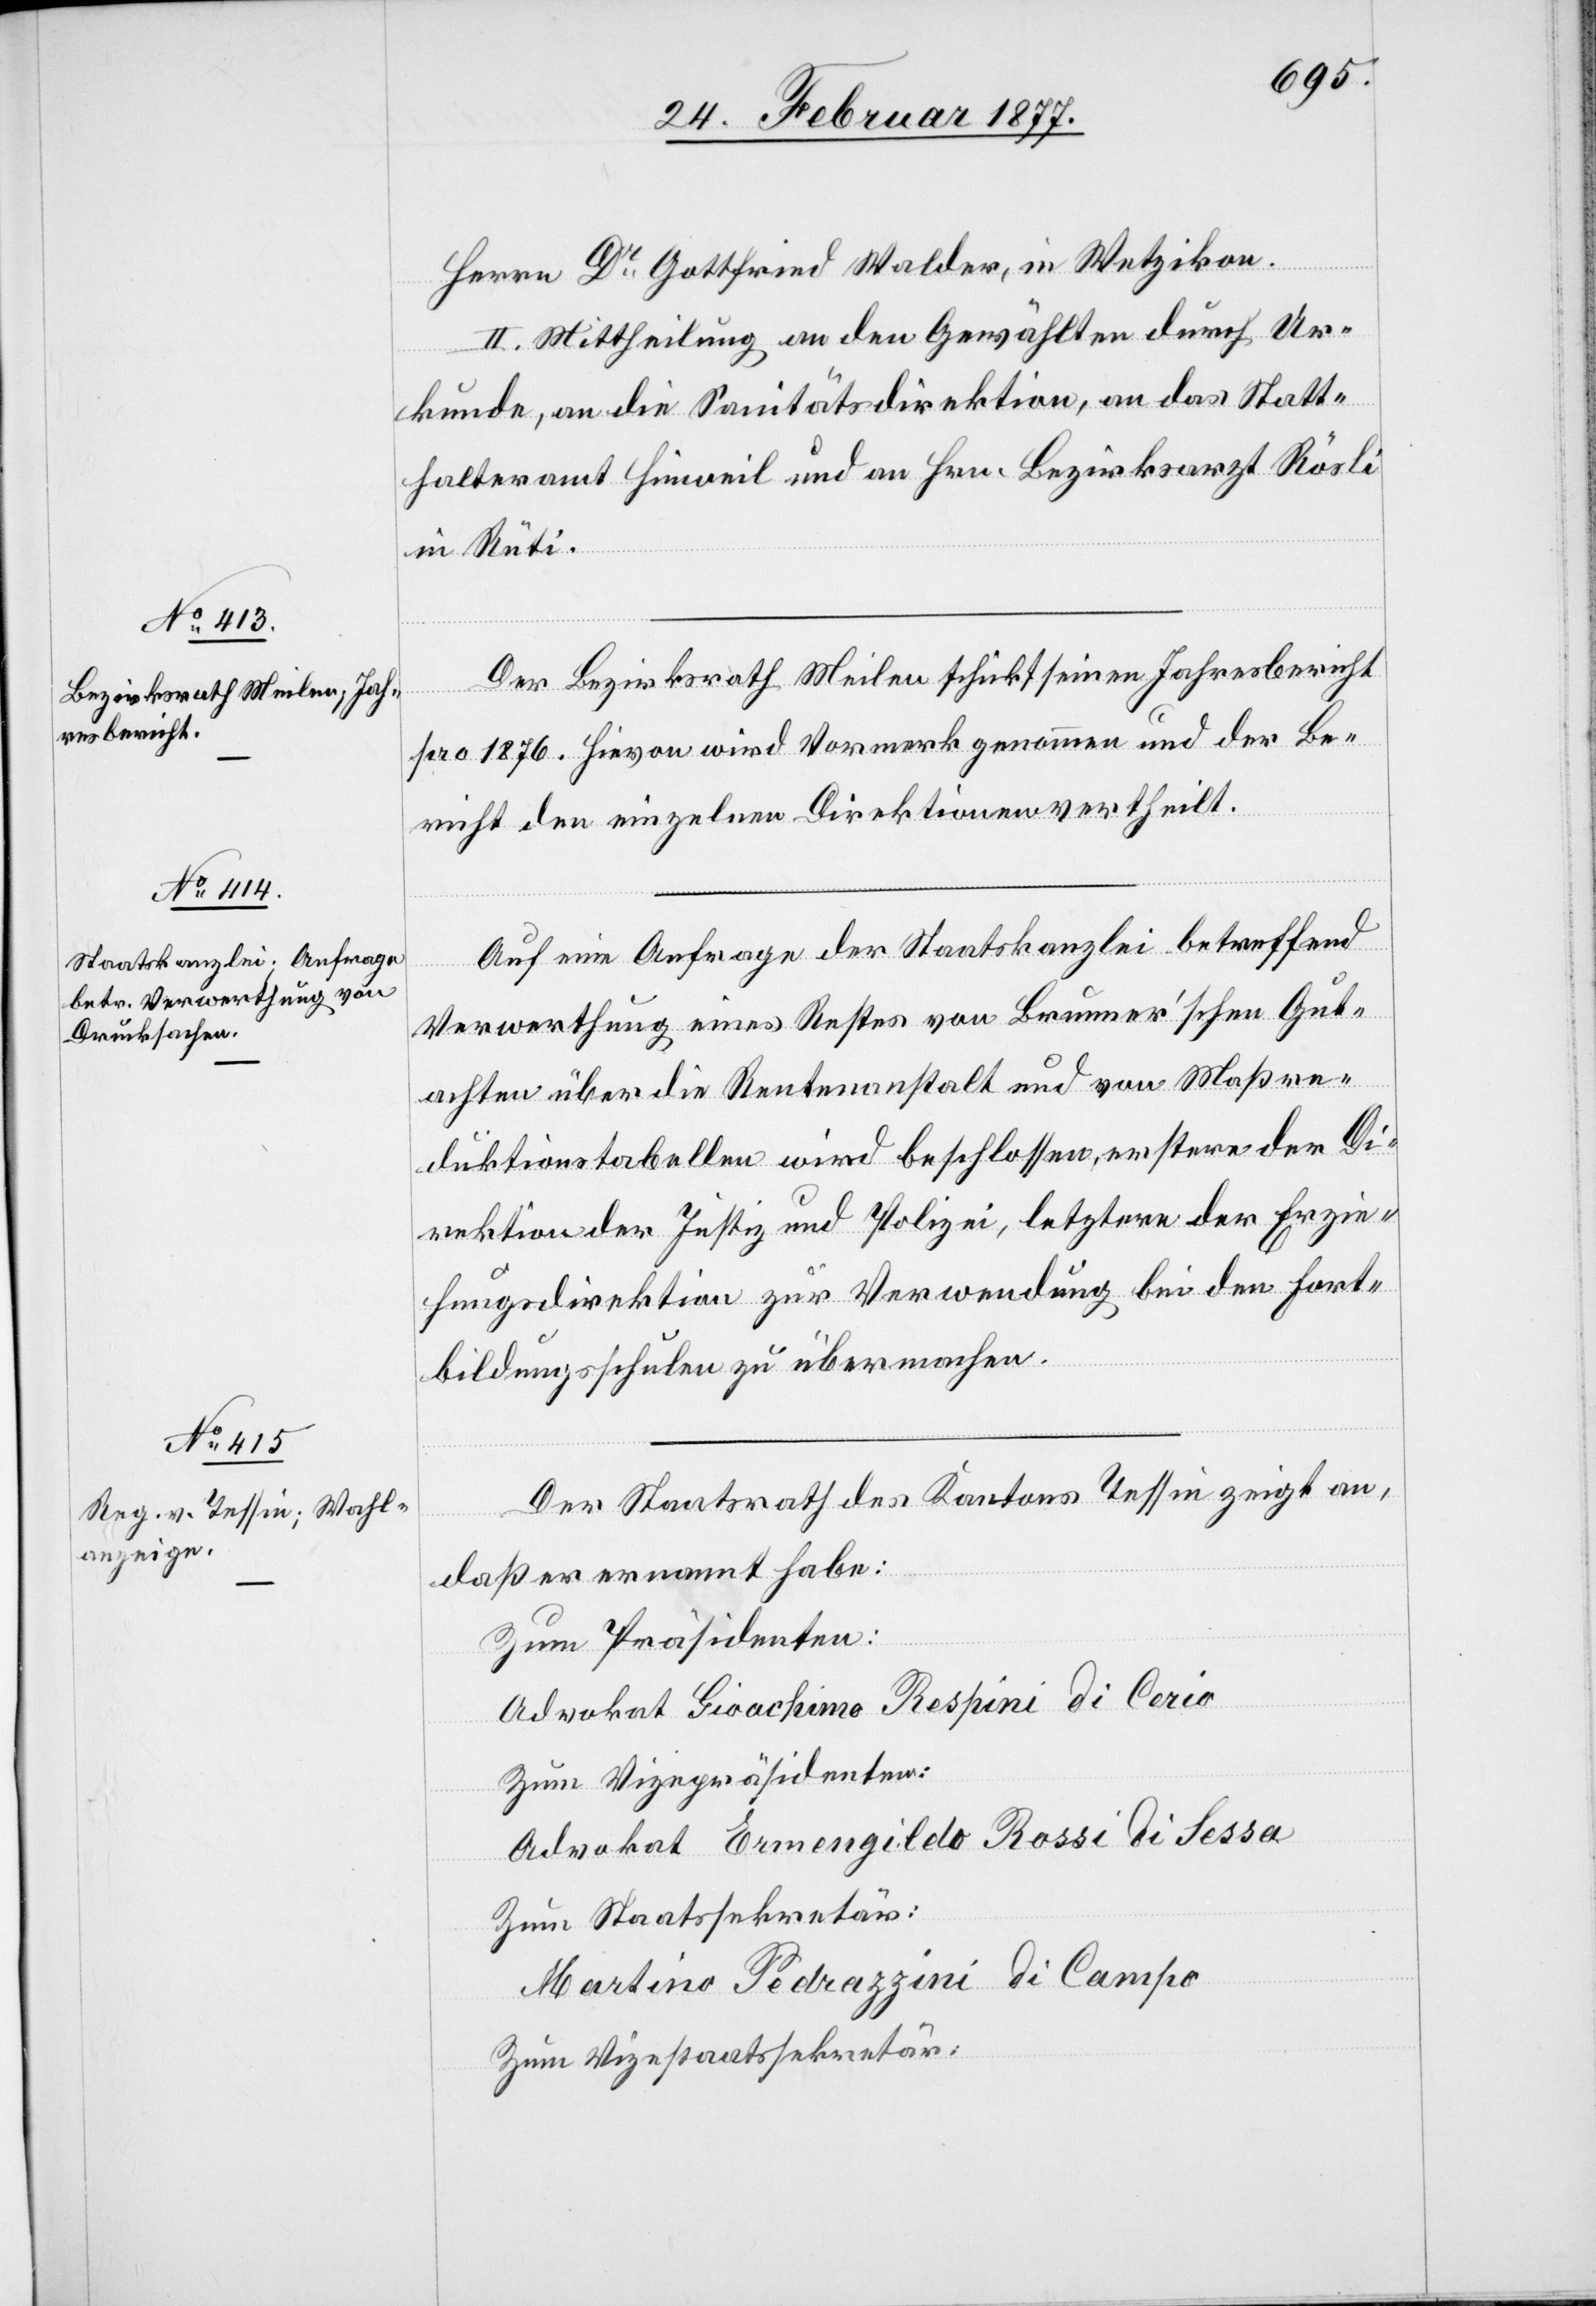
Herrn Dr Gottfried Walder, in Wetzikon.
II. Mittheilung an den Gewählten durch Ur¬
kunde, an die Sanitätsdirektion, an das Statt¬
halteramt Hinweil und an Hrn. Bezirksarzt Rösli
in Rüti.
Der Bezirksrath Meilen schickt seinen Jahresbericht
pro 1876. Hievon wird Vormerk genommen und der Be¬
richt den einzelnen Direktionen vertheilt.
Auf eine Anfrage der Staatskanzlei betreffend
Verwerthung eines Restes von Brunner’schen Gut¬
achten über die Rentenanstalt und von Maßre¬
duktionstabellen wird beschlossen, erstere der Di¬
rektion der Justiz und Polizei, letztere der Erzie¬
hungsdirektion zur Verwendung bei den Fort¬
bildungsschulen zu übermachen.
Der Staatsrath des Kantons Tessin zeigt an,
daß er ernannt habe:
Zum Präsidenten:
Advokat Gioachimo Respini di Cerio
Zum Vizepräsidenten:
Advokat Ermengildo Rossi di Sessa
Zum Staatssekretär:
Martino Pedrazzini di Campo
Zum Vizestaatssekretär: